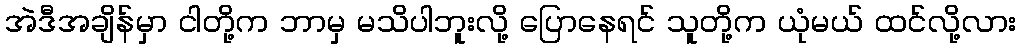
အဲဒီအချိန်မှာ ငါတို့က ဘာမှ မသိပါဘူးလို့ ပြောနေရင် သူတို့က ယုံမယ် ထင်လို့လား